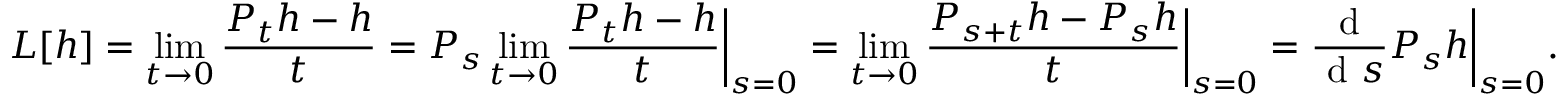
L [ h ] = \operatorname* { l i m } _ { t \to 0 } \frac { P _ { t } h - h } { t } = P _ { s } \operatorname* { l i m } _ { t \to 0 } \frac { P _ { t } h - h } { t } \bigg | _ { s = 0 } = \operatorname* { l i m } _ { t \to 0 } \frac { P _ { s + t } h - P _ { s } h } { t } \bigg | _ { s = 0 } = \frac { \textup { d } } { \textup { d } s } P _ { s } h \bigg | _ { s = 0 } .